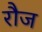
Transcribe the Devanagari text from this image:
रौज